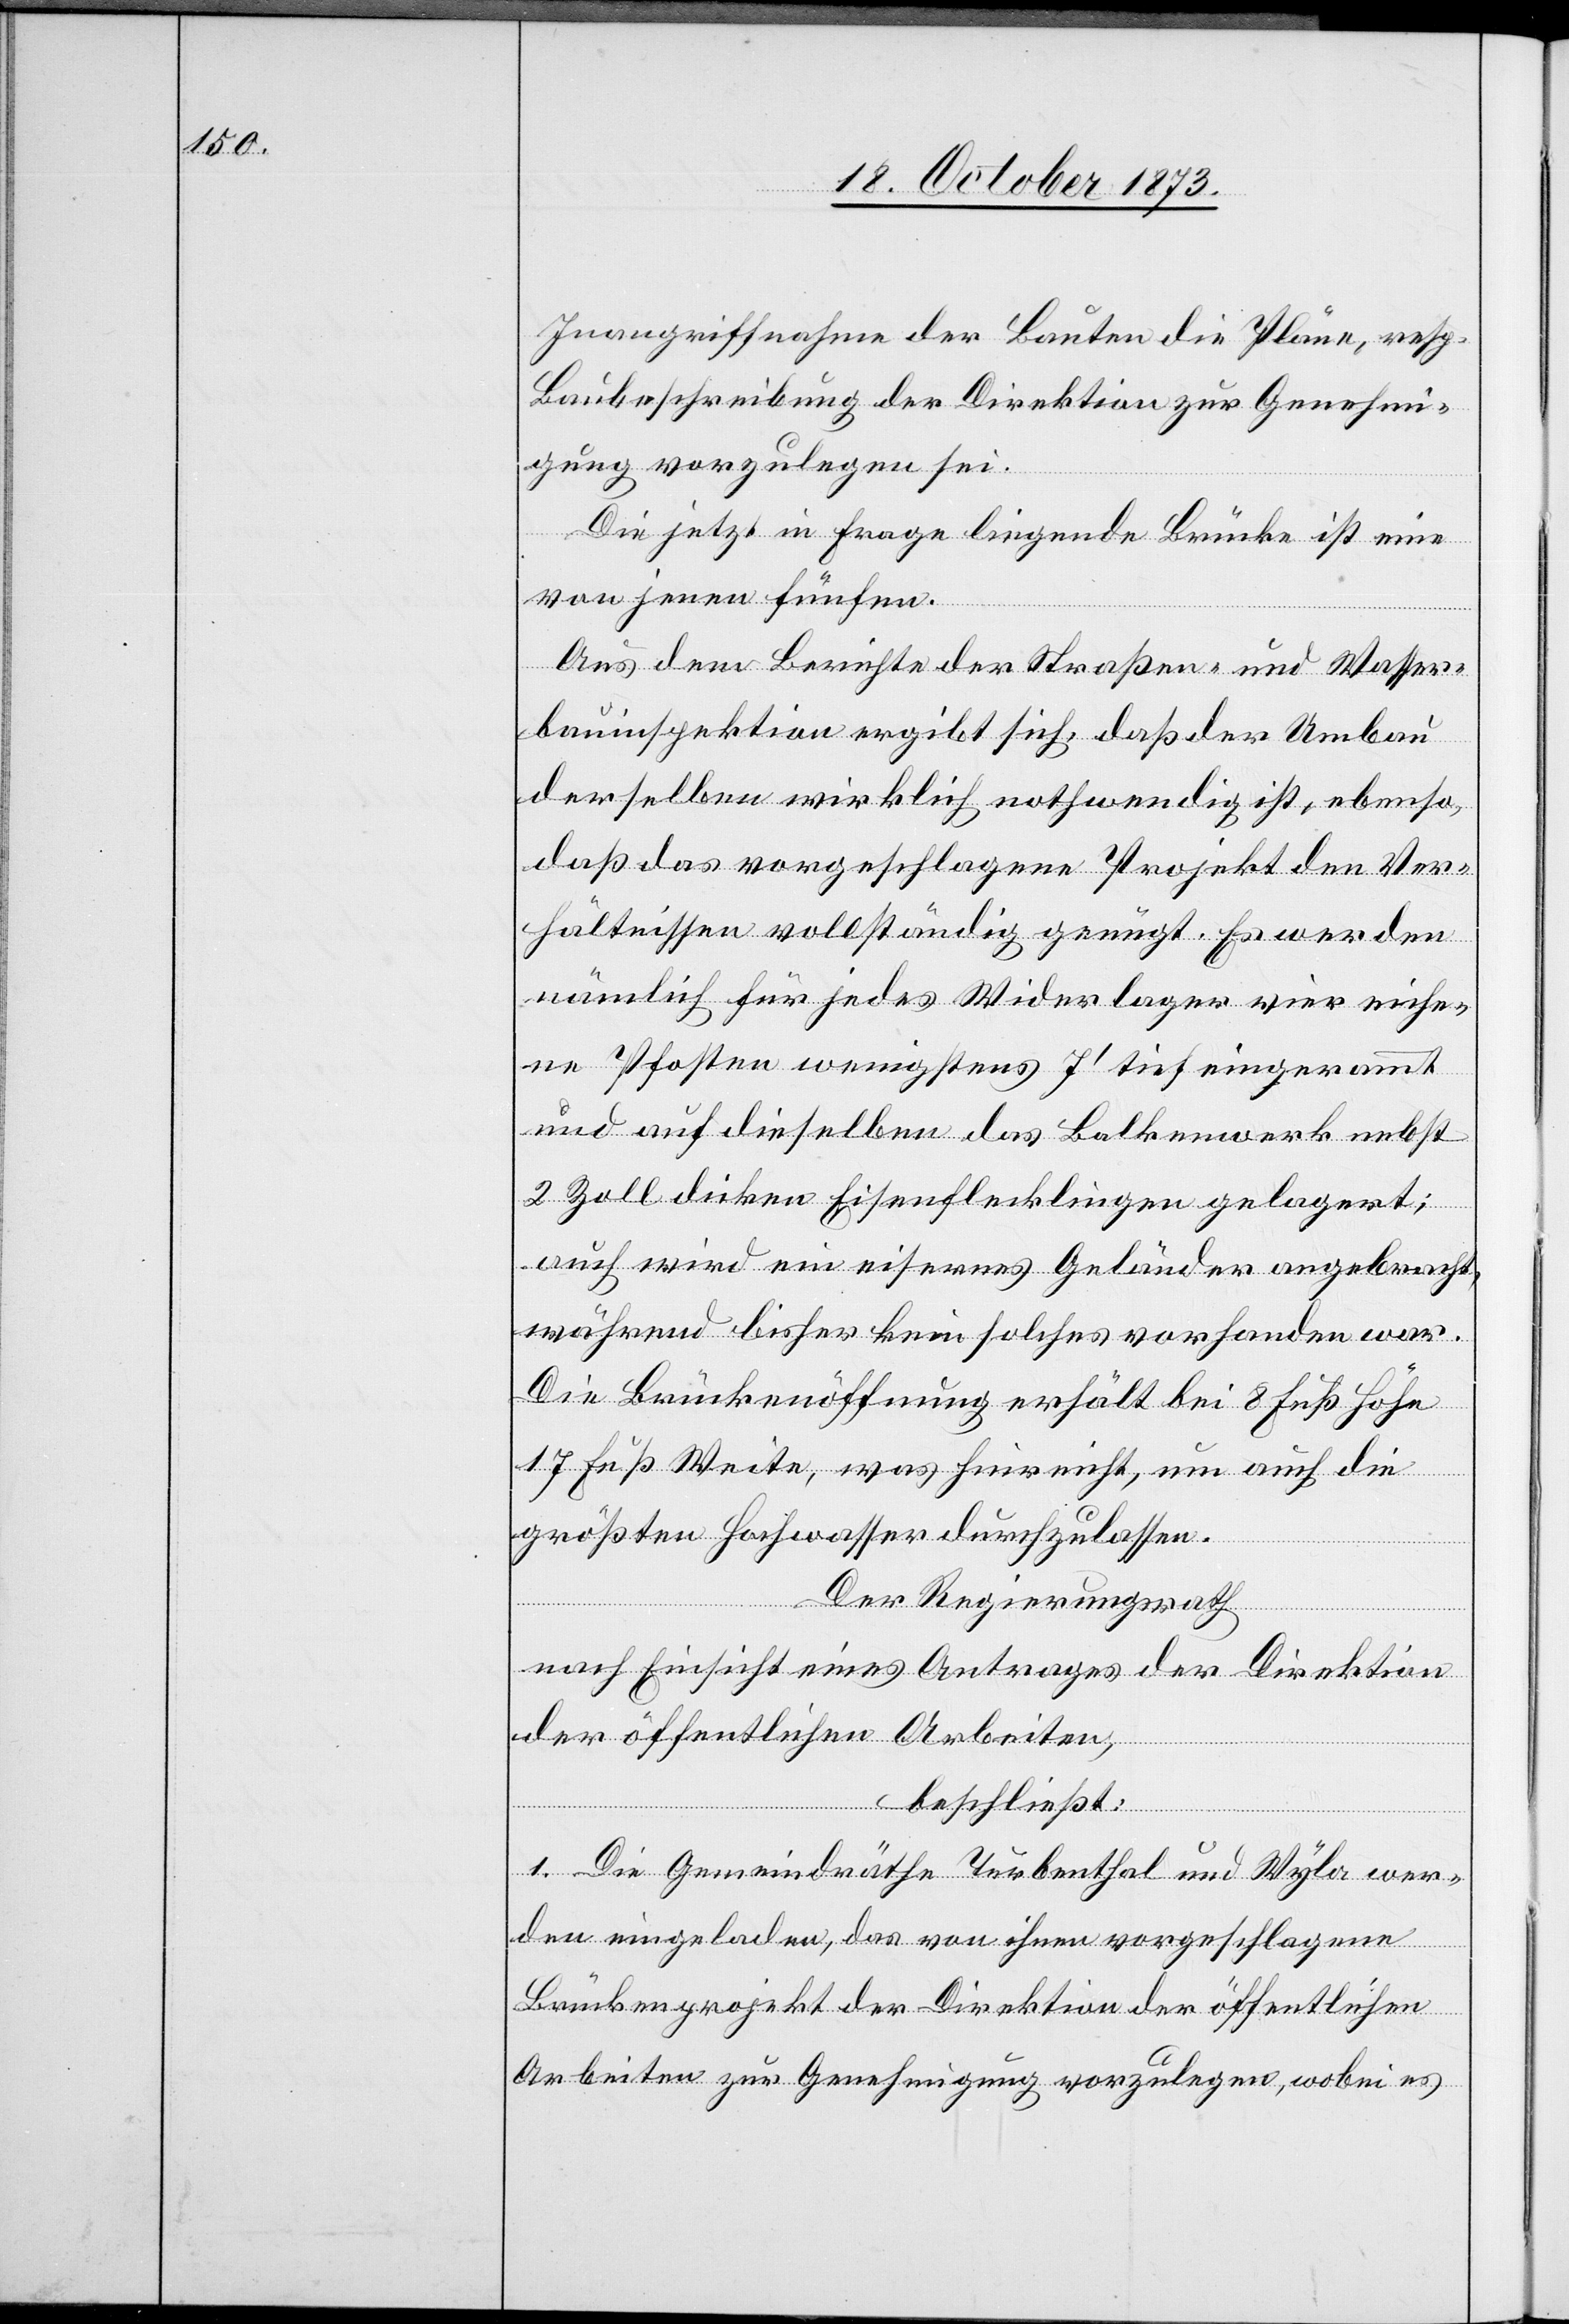
Inangriffnahme der Bauten die Pläne, resp.
Baubeschreibung der Direktion zur Genehmi¬
gung vorzulegen sei.
Die jetzt in Frage liegende Brücke ist eine
von jenen fünfen.
Aus dem Berichte der Straßen- und Wasser¬
bauinspektion ergibt sich, daß der Umbau
derselben wirklich nothwendig ist, ebenso,
daß das vorgeschlagene Projekt den Ver¬
hältnissen vollständig genügt. Es werden
nämlich für jedes Widerlager vier eiche¬
ne Pfosten wenigstens 7‘ tief eingerammt
und auf dieselben das Balkenwerk nebst
2 Zoll dicken Eisenflecklingen gelagert;
auch wird ein eisernes Geländer angebracht,
während bisher kein solches vorhanden war.
Die Brückenöffnung erhält bei 8 Fuß Höhe
17 Fuß Weite, was hinreicht, um auch die
größten Hochwasser durchzulassen.
Der Regierungsrath
nach Einsicht eines Antrages der Direktion
der öffentlichen Arbeiten,
beschließt:
1. Die Gemeindräthe Turbenthal und Wyla wer¬
den eingeladen, das von ihnen vorgeschlagene
Brückenprojekt der Direktion der öffentlichen
Arbeiten zur Genehmigung vorzulegen, wobei es